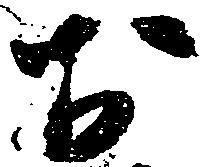
於